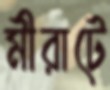
মীরাটে